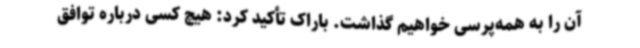
آن را به همه‌پرسی خواهیم گذاشت. باراک تأکید کرد: هیچ کسی درباره توافق